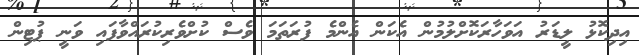
އިދިކޮޅު ލީޑަރު އަވަހާރަކޮށްލުމުން އެކަން އެންމެ ފުރަތަމަ ވެސް ކުށްވެރިކުރައްވާފައި ވަނީ ޕުޓިން